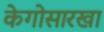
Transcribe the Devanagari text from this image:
केगोसारखा